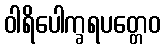
ဝါရိပေါက္ခရပတ္တေဝ